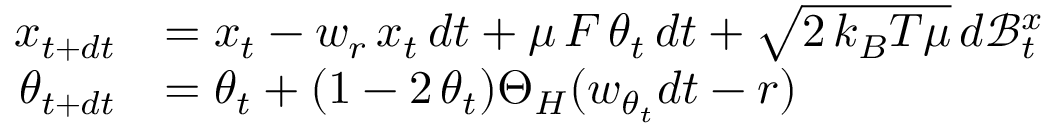
\begin{array} { r l } { x _ { t + d t } } & { = x _ { t } - w _ { r } \, x _ { t } \, d t + \mu \, { \cal F } \, \theta _ { t } \, d t + \sqrt { 2 \, k _ { B } T \mu } \, d \mathcal { B } _ { t } ^ { x } } \\ { \theta _ { t + d t } } & { = \theta _ { t } + ( 1 - 2 \, \theta _ { t } ) \Theta _ { H } ( w _ { \theta _ { t } } d t - r ) } \end{array}